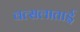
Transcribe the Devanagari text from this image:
वत्सलाताई